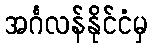
အင်္ဂလန်နိုင်ငံမှ